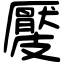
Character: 𥀬